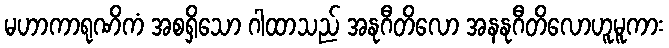
မဟာကာရုဏိကံ အစရှိသော ဂါထာသည် အနုဂီတိလော အနနုဂီတိလောဟူမူကား